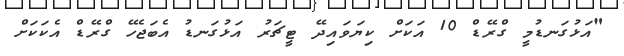
"އަޅުގަނޑުމީ ގްރޭޑް 10 އަކަށް ކިޔަވައިދޭ ޓީޗަރު އަޅުގަނޑު އެބަޖެހޭ ގްރޭޑް އެކަކަށް